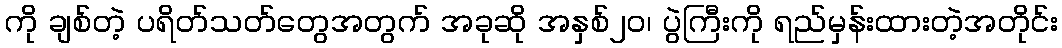
ကို ချစ်တဲ့ ပရိတ်သတ်တွေအတွက် အခုဆို အနှစ်၂၀၊ ပွဲကြီးကို ရည်မှန်းထားတဲ့အတိုင်း